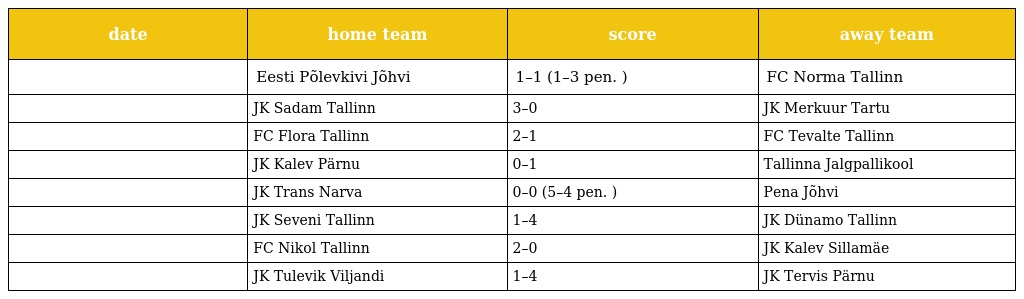
| date | home team | score | away team |
 | --- | --- | --- | --- |
 |  | Eesti Põlevkivi Jõhvi | 1–1 (1–3 pen. ) | FC Norma Tallinn |
 |  | JK Sadam Tallinn | 3–0 | JK Merkuur Tartu |
 |  | FC Flora Tallinn | 2–1 | FC Tevalte Tallinn |
 |  | JK Kalev Pärnu | 0–1 | Tallinna Jalgpallikool |
 |  | JK Trans Narva | 0–0 (5–4 pen. ) | Pena Jõhvi |
 |  | JK Seveni Tallinn | 1–4 | JK Dünamo Tallinn |
 |  | FC Nikol Tallinn | 2–0 | JK Kalev Sillamäe |
 |  | JK Tulevik Viljandi | 1–4 | JK Tervis Pärnu |